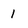
Character: 1